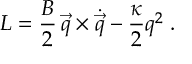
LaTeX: { L } = { \frac { B } { 2 } } \, \vec { q } \times \dot { \vec { q } } - { \frac { \kappa } { 2 } } q ^ { 2 } \; .